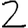
Digit: 2